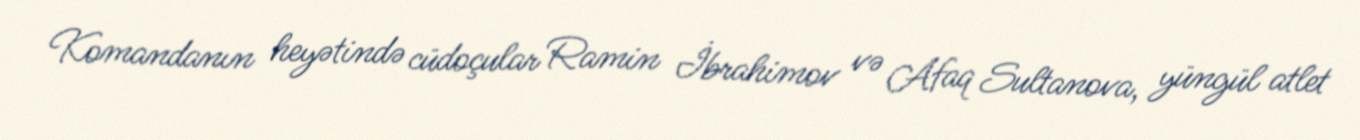
Komandanın heyətində cüdoçular Ramin İbrahimov və Afaq Sultanova, yüngül atlet